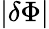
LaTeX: |\delta\Phi|